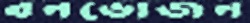
বনভোজন